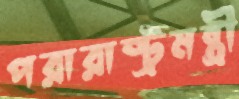
পরারাষ্ট্রমন্ত্রী